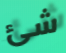
شئ